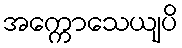
အက္ကောသေယျပိ